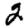
Digit: 2